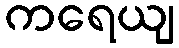
ကရေယျ